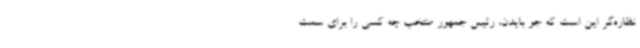
نظاره‌گر این است که جو بایدن، رئیس جمهور منتخب چه کسی را برای سمت